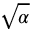
\sqrt { \alpha }